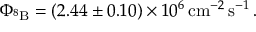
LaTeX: \Phi _ { ^ 8 \mathrm { B } } = ( 2 . 4 4 \pm 0 . 1 0 ) \times 1 0 ^ { 6 } \, \mathrm { c m } ^ { - 2 } \, \mathrm { s } ^ { - 1 } \, .